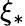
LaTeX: \xi_{*}